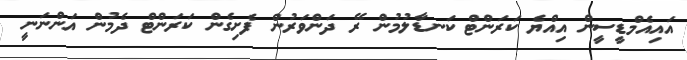
އައިއެމްޑީސީން އިއްޔެ ކަރަންޓް ކަނޑާލުމުން ރޭ ދަންވަރުން ފެށިގެން ކަރަންޓް ދެމުން އަންނަނީ